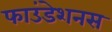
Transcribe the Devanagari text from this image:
फाउंडेशनस